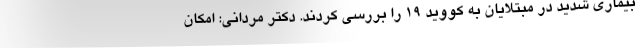
بیماری شدید در مبتلایان به کووید 19 را بررسی کردند. دکتر مردانی: امکان